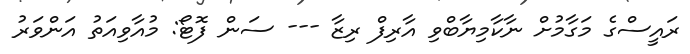
ރައީސްގެ މަގާމުށް ނާކާމިޔާބްވި އާރިފް ރިޒާ --- ސަން ފޮޓޯ: މުއާވިއަތު އަންވަރު